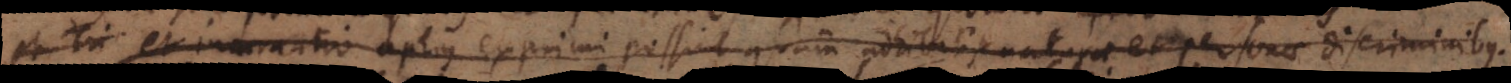
et incarnatio aptius exprimi possint quam adhibitis naturae et personae discriminibus.